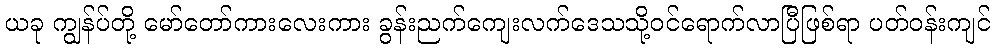
ယခု ကျွန်ပ်တို့ မော်တော်ကားလေးကား ခွန်းညက်ကျေးလက်ဒေသသို့ဝင်ရောက်လာပြီဖြစ်ရာ ပတ်ဝန်းကျင်